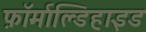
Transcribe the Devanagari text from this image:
फ़ॉर्माल्डिहाइड